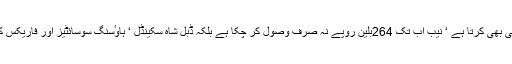
انہوں نے کہا کہ نیب بدعنوان عناصر کو سزا دینے کے ساتھ ساتھ وصولی بھی کرتا ہے ‘ نیب اب تک 264بلین روپے نہ صرف وصول کر چکا ہے بلکہ ڈبل شاہ سکینڈل ‘ ہاوٴسنگ سوسائٹیز اور فاریکس کمپنیوں کے متاثرین اور قومی اداروں کو بھی ان کی امانتیں لوٹا چکا ہے۔